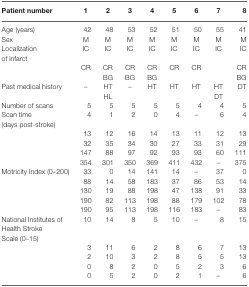
| Patient number | 1 | 2 | 3 | 4 | 5 | 6 | 7 | 8 |
 | --- | --- | --- | --- | --- | --- | --- | --- | --- |
 | Age (years) | 42 | 48 | 53 | 52 | 51 | 50 | 55 | 41 |
 | Sex | M | M | M | M | M | M | M | M |
 | Localization of infarct | IC | IC | IC | IC | IC | IC | IC | IC |
 |  | CR | CR | CR | CR | CR | CR |  | CR |
 |  |  | BG | BG | BG |  |  |  | BG |
 | Past medical history | – | HT | – | HT | HT | HT | HT | DT |
 |  |  | HL |  |  |  |  | DT |  |
 | Number of scans | 5 | 5 | 5 | 5 | 5 | 4 | 4 | 5 |
 | Scan time (days post-stroke) | 4 | 1 | 2 | 0 | 4 | – | 6 | 4 |
 |  | 13 | 12 | 16 | 14 | 13 | 11 | 12 | 13 |
 |  | 32 | 35 | 34 | 30 | 27 | 33 | 31 | 29 |
 |  | 147 | 88 | 97 | 92 | 93 | 93 | 60 | 111 |
 |  | 354 | 301 | 350 | 369 | 411 | 432 | – | 375 |
 | Motricity Index (0–200) | 33 | 0 | 14 | 141 | 14 | – | 37 | 0 |
 |  | 88 | 14 | 58 | 183 | 37 | 86 | 53 | 14 |
 |  | 130 | 19 | 88 | 198 | 47 | 138 | 91 | 33 |
 |  | 190 | 82 | 113 | 198 | 88 | 179 | 102 | 78 |
 |  | 190 | 95 | 113 | 198 | 116 | 183 | – | 83 |
 | National Institutes of Health Stroke | 10 | 14 | 8 | 5 | 10 | – | 8 | 15 |
 | Scale (0–15) |
 |  | 3 | 11 | 6 | 2 | 8 | 6 | 7 | 13 |
 |  | 2 | 10 | 3 | 2 | 8 | 5 | 5 | 13 |
 |  | 0 | 8 | 2 | 0 | 5 | 2 | 3 | 6 |
 |  | 0 | 5 | 2 | 0 | 2 | 1 | – | 6 |